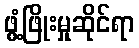
ဖွံ့ဖြိုးမှုဆိုင်ရာ